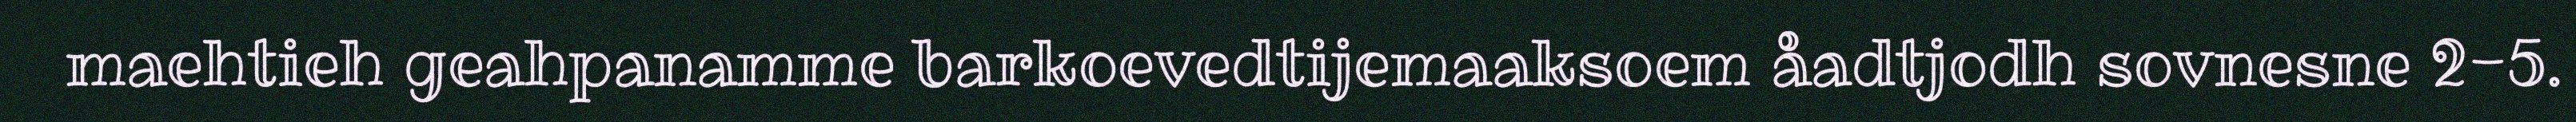
maehtieh geahpanamme barkoevedtijemaaksoem åadtjodh sovnesne 2-5.